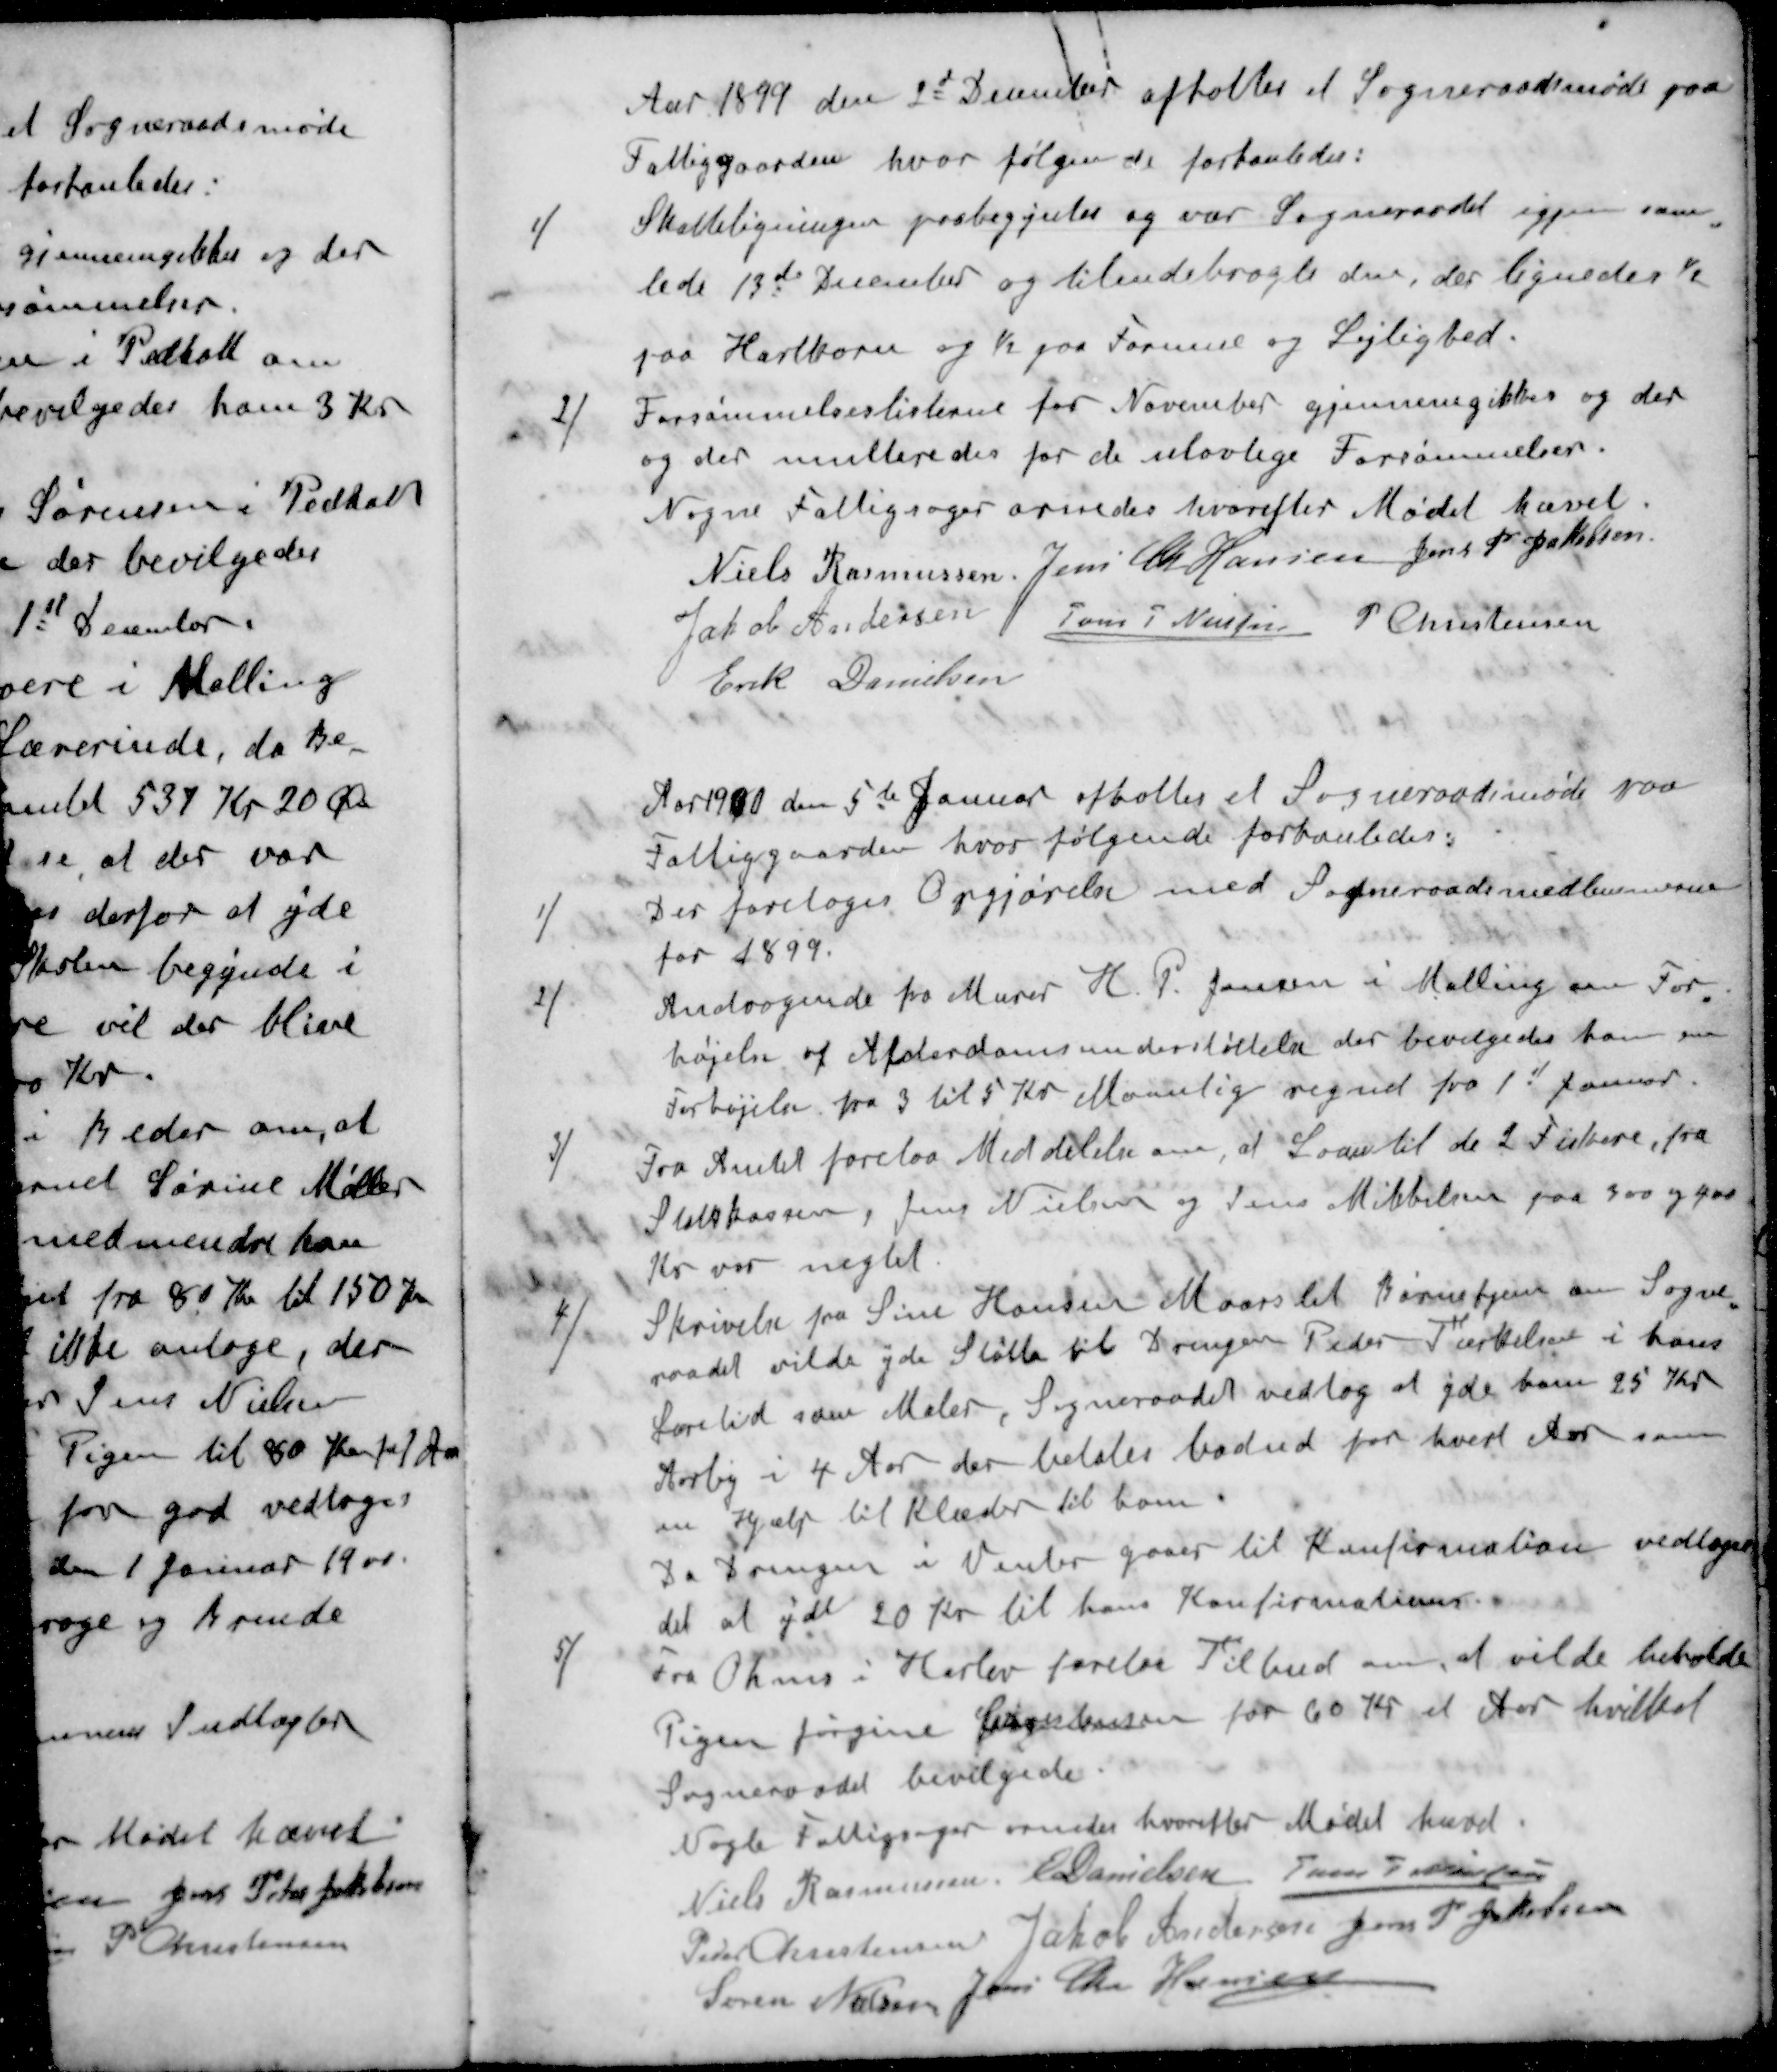
Transskription:
Aar 1899 den 2d December afholtes et Sogneraadsmøde paa
Fattiggaarden, hvor følgende forhanledes:
1 / Skatteligningen paabegyntes og var Sogneraadet igjen sam
lede 13de December og tilendebragte den, der lignedes ½
paa Hartkorn og ½ paa Formue og Lejlighed.
2 / Forsømmelseslisterne for November gjennemgikkes og der
og der multeredes for de ulovlige Forsømmelser.
Nogne Fattigsager ornedes hvorefter Mødet hævet.
Niels Rasmussen
Jens Chr Hansen
Jens P Jakobsen
Jakob Andersen
Jens P Nielsen
P Christensen
Erik Danielsen
Aar 1900 den 5te Januar afholtes et Sogneraadsmøde paa
Fattiggaarden, hvor følgende forhanledes:
1 / Der foretoges Opgjørelse med Sogneraadsmedlemmerne
for 1899.
2 / Andragende fra Murer H. P. Jensen i Malling om For
højelse af Alderdomsunderstøttelse der bevilgedes ham en
Forhøjelse fra 3 til 5 Kr Maanlig regnet fra 1' Januar.
3 / Fra Amtet forelaa Meddelelse om, at Laan til de 2 Fiskere, fra
Statskassen, Jens Nielsen og Jens Mikkelsen paa 300 og paa
Kr var nægtet
4 / Skrivelse fra Sine Hansen Maarslet Børnehjem om Sogne
raadet vilde yde Støtte til Drengen Peder Tærkelsen i hans
Læretid som Maler. Sogneraadet vedtog at yde ham 25 Kr
Aarlig i 4 Aar der betales badud for hvert Aar som
en Hjælp til Klæder til ham.
Da Drengen i Vinter gaaer til Konfirmation vedtoges
det at yde 20 Kr til hans Konfirmation
5 / Fra Ohms i Harlev forelaa Tilbud om at vilde beholde
Pigen Jørgine Christensen for 60 Kr et Aar hvilket
Sogneraadet bevilgede.
Nogle Fattigsager ornedes hvorefter Mødet hævet
Niels Rasmussen
E Danielsen
Jens P Nielsen
Peder Christensen
Jakob Andersen
Jens P Jakobsen
Søren Nielsen
Jens Chr Hansen